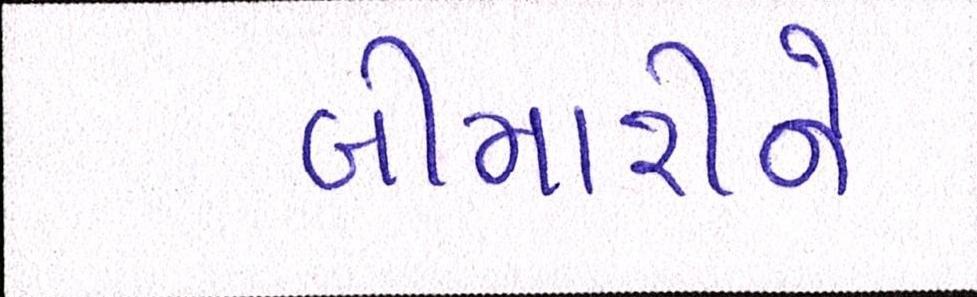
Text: બીમારીને